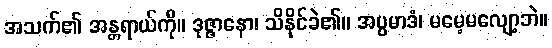
အသက်၏ အန္တရာယ်ကို။ ဒုဇ္ဇာနော၊ သိနိုင်ခဲ၏။ အပ္ပမာဒံ၊ မမေ့မလျော့ဘဲ။